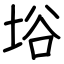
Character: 﨏